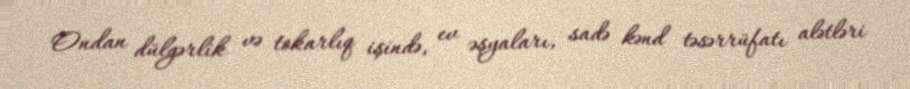
Ondan dülgərlik və tokarlıq işində, ev əşyaları, sadə kənd təsərrüfatı alətləri